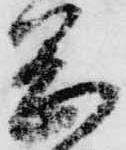
岡